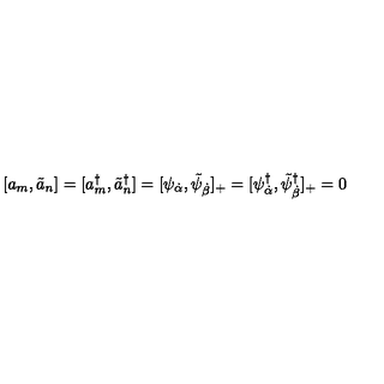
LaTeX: [ a _ { m } , \tilde { a } _ { n } ] = [ a _ { m } ^ { \dagger } , \tilde { a } _ { n } ^ { \dagger } ] = [ \psi _ { \dot { \alpha } } , \tilde { \psi } _ { \dot { \beta } } ] _ { + } = [ \psi _ { \dot { \alpha } } ^ { \dagger } , \tilde { \psi } _ { \dot { \beta } } ^ { \dagger } ] _ { + } = 0